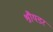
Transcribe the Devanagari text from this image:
श्रौयडर